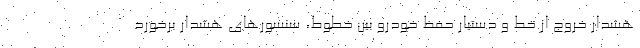
هشدار خروج از خط و دستیار حفظ خودرو بین خطوط، سنسورهای هشدار برخورد